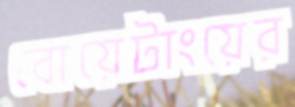
বোয়েটাংয়ের